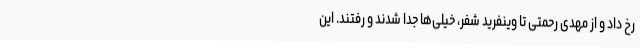
رخ داد و از مهدی رحمتی تا وینفرید شفر، خیلی‌ها جدا شدند و رفتند. این